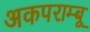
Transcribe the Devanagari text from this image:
अकपराम्बू